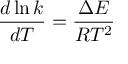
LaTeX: { \frac { d \ln k } { d T } } = { \frac { \Delta E } { R T ^ { 2 } } }